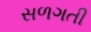
સળગતી